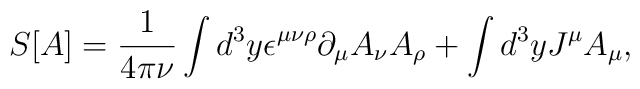
S[A]=\frac{1}{4\pi \nu}\int d^3y  \epsilon^{\mu\nu\rho}\partial_{\mu}A_{\nu}A_{\rho}+\int d^3y J^{\mu}A_{\mu},